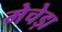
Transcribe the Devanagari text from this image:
मेचेड़ा